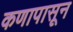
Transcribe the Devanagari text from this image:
कणापासून